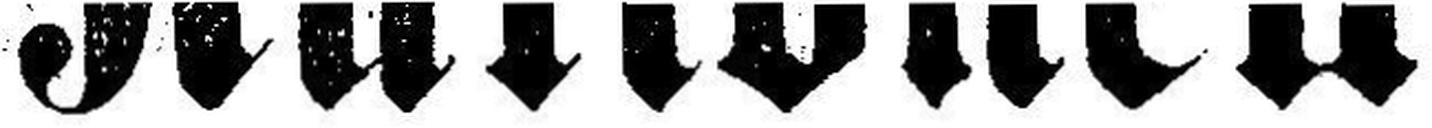
Rationell